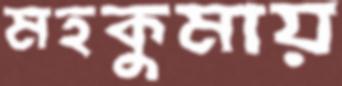
মহকুমায়